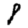
Digit: 8